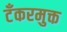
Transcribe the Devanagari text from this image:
टँकरमुक्त